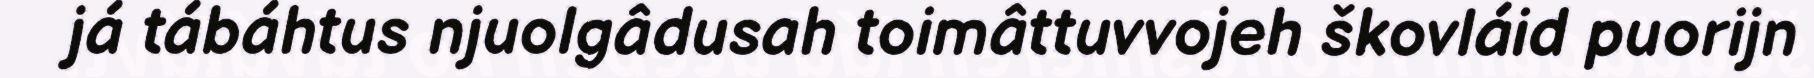
já tábáhtus njuolgâdusah toimâttuvvojeh škovláid puorijn